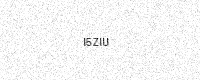
Text: I5ZIU